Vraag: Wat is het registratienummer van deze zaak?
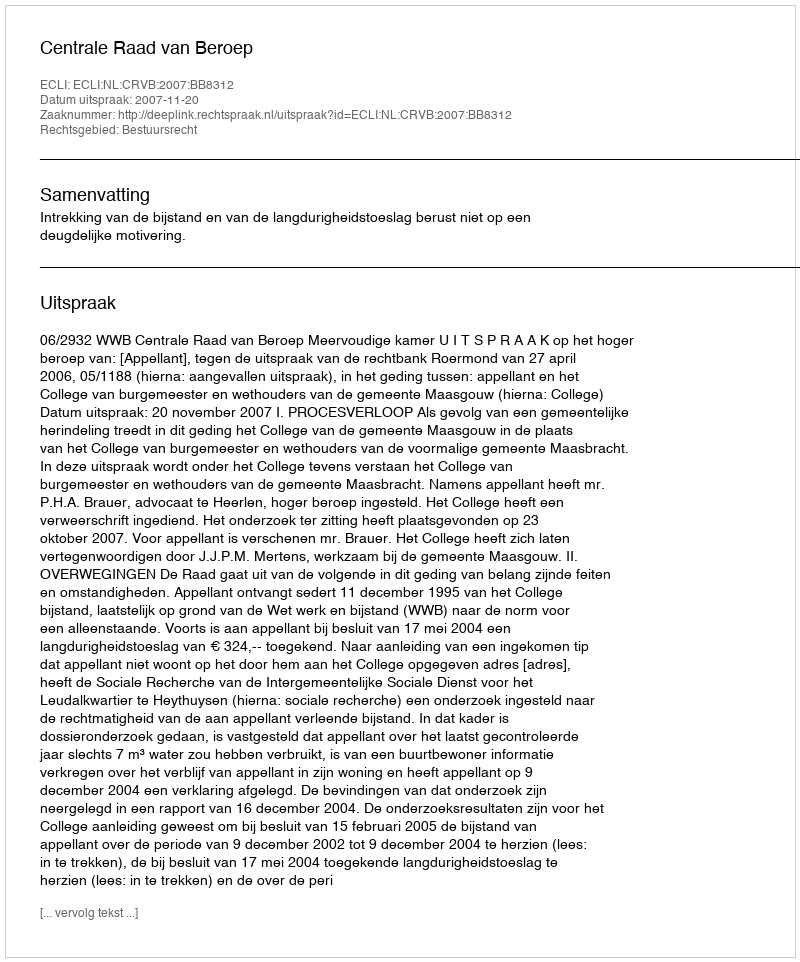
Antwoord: http://deeplink.rechtspraak.nl/uitspraak?id=ECLI:NL:CRVB:2007:BB8312